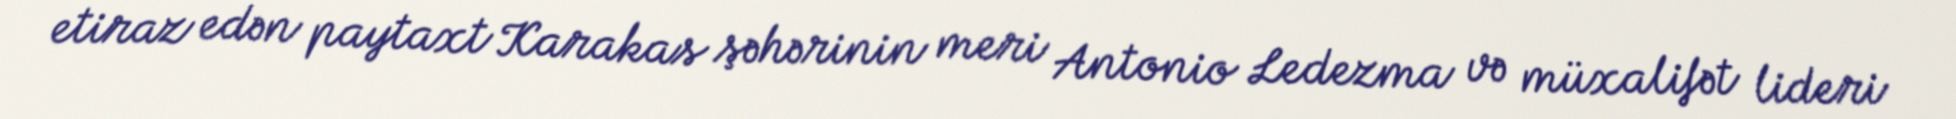
etiraz edən paytaxt Karakas şəhərinin meri Antonio Ledezma və müxalifət lideri